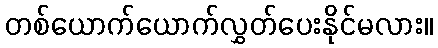
တစ်ယောက်ယောက်လွှတ်ပေးနိုင်မလား။